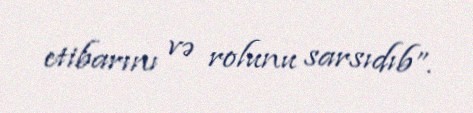
etibarını və rolunu sarsıdıb”.